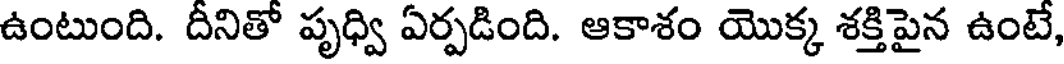
ఉంటుంది. దీనితో పృధ్వి ఏర్పడింది. ఆకాశం యొక్క శక్తిపైన ఉంటే,